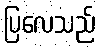
ပြလေသည်